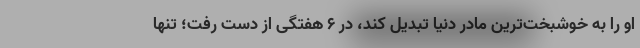
او را به خوشبخت‌ترین مادر دنیا تبدیل کند، در ۶ هفتگی از دست رفت؛ تنها